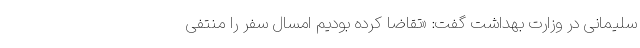
سلیمانی در وزارت بهداشت گفت: «تقاضا کرده بودیم امسال سفر را منتفی